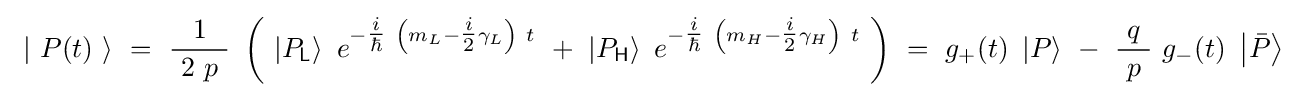
\ \left|\ P(t)\ \right\rangle \ =\ {\frac {1}{\ 2\ p\ }}\ \left(\ \left|P_{\mathsf {L}}\right\rangle \ e^{-{\tfrac {i}{\hbar }}\ \left(m_{L}-{\tfrac {i}{2}}\gamma _{L}\right)\ t}\ +\ \left|P_{\mathsf {H}}\right\rangle \ e^{-{\tfrac {i}{\hbar }}\ \left(m_{H}-{\tfrac {i}{2}}\gamma _{H}\right)\ t}\ \right)\ =\ g_{+}(t)\ \left|P\right\rangle \ -\ {\frac {\ q\ }{p}}\ g_{-}(t)\ \left|{\bar {P}}\right\rangle \